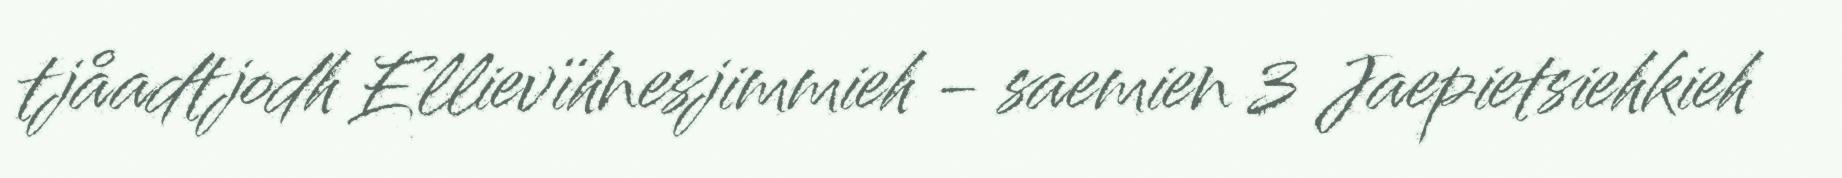
tjåadtjodh Ellievïhnesjimmieh - saemien 3 Jaepietsiehkieh